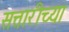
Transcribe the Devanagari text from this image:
सत्तारीच्या